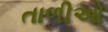
તાળીઓ